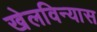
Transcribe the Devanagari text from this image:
खेलविन्यास